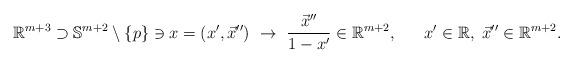
LaTeX: \begin{align*}\mathbb{R}^{m+3}\supset\mathbb{S}^{m+2}\setminus\{p\}\ni x=(x',\vec{x}'')~\to~\frac{\vec{x}''}{1-x'}\in \mathbb{R}^{m+2},~~~~~x'\in \mathbb{R},~\vec{x}''\in \mathbb{R}^{m+2}.\end{align*}